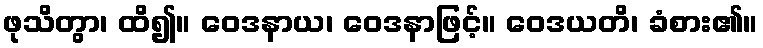
ဖုသိတွာ၊ ထိ၍။ ဝေဒနာယ၊ ဝေဒနာဖြင့်။ ဝေဒယတိ၊ ခံစား၏။